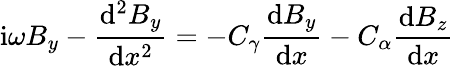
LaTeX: \mathrm{i}\omega B_{y}-\frac{\mathrm{d}^{2}B_{y}}{\mathrm{d}x^{2}}=-C_{\gamma}\frac{\mathrm{d}B_{y}}{\mathrm{d}x}-C_{\alpha}\frac{\mathrm{d}B_{z}}{\mathrm{d}x}